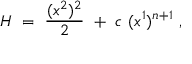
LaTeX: H \ = \ \frac { ( x ^ { 2 } ) ^ { 2 } } { 2 } \ + \ c \ ( x ^ { 1 } ) ^ { n + 1 } \ ,